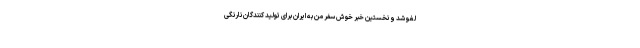
لغو شد و نخستین خبر خوش سفر من به ایران برای تولید کنندگان نارنگی